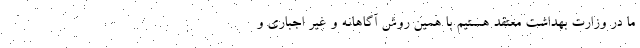
ما در وزارت بهداشت معتقد هستیم با همین روش آگاهانه و غیر اجباری و